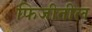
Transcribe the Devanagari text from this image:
फिजीतील